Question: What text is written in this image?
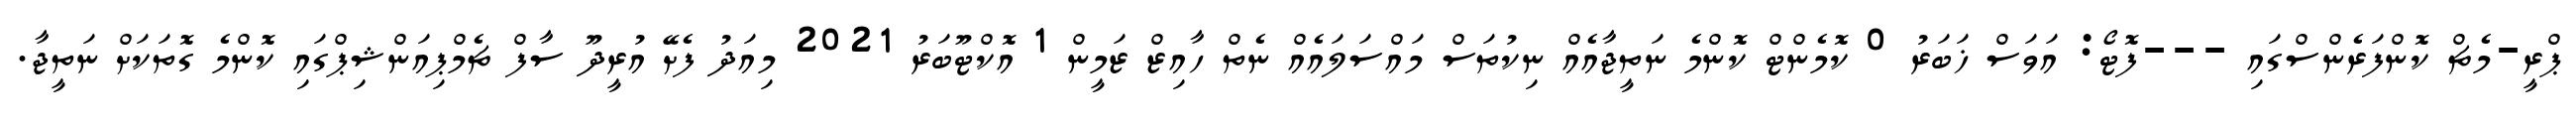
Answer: ޕްރީ-މެޗް ކޮންފަރެންސްގައި ---ފޮޓޯ: އަވަސް ޚަބަރު 0 ކޮމެންޓް ކޮންމެ ނަތީޖާއެއް ނިކުތަސް މައްސަލައެއް ނެތް ހާއިޒް ޒަމީން 1 އޮކްޓޫބަރު 2021 މިއަދު ފެށޭ އުރީދޫ ސާފް ޗެމްޕިއަންޝިޕްގައި ކޮންމެ ގޮތަކަށް ނަތީޖާ.